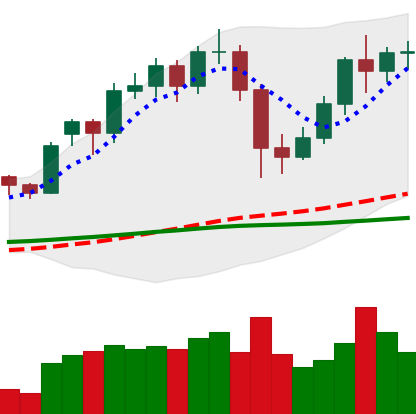
Ticker: LTC-USD
Chart end date: 2020-12-03
Forward return: -13.861%
Label: down_7plus